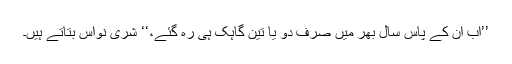
’’اب ان کے پاس سال بھر میں صرف دو یا تین گاہک ہی رہ گئے،‘‘ شری نواس بتاتے ہیں۔